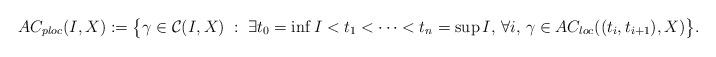
LaTeX: \begin{align*}AC_{ploc}(I,X):=\big\{\gamma\in\mathcal{C}(I,X)\;:\;\exists t_0=\inf I<t_1<\dots <t_n=\sup I,\, \forall i,\,\gamma\in AC_{loc}((t_i,t_{i+1}),X)\big\}.\end{align*}